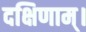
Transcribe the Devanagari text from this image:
दक्षिणाम्‌।